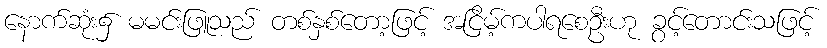
နောက်ဆုံး၌ မမင်းဖြူသည် တစ်နှစ်တော့ဖြင့် အငြိမ့်ကပါရစေဦးဟု ခွင့်တောင်းသဖြင့်